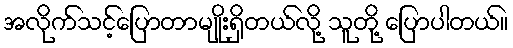
အလိုက်သင့်ပြောတာမျိုးရှိတယ်လို့ သူတို့ ပြောပါတယ်။